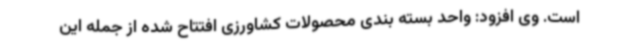
است. وی افزود: واحد بسته بندی محصولات کشاورزی افتتاح شده از جمله این